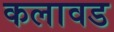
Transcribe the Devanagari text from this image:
कलावड